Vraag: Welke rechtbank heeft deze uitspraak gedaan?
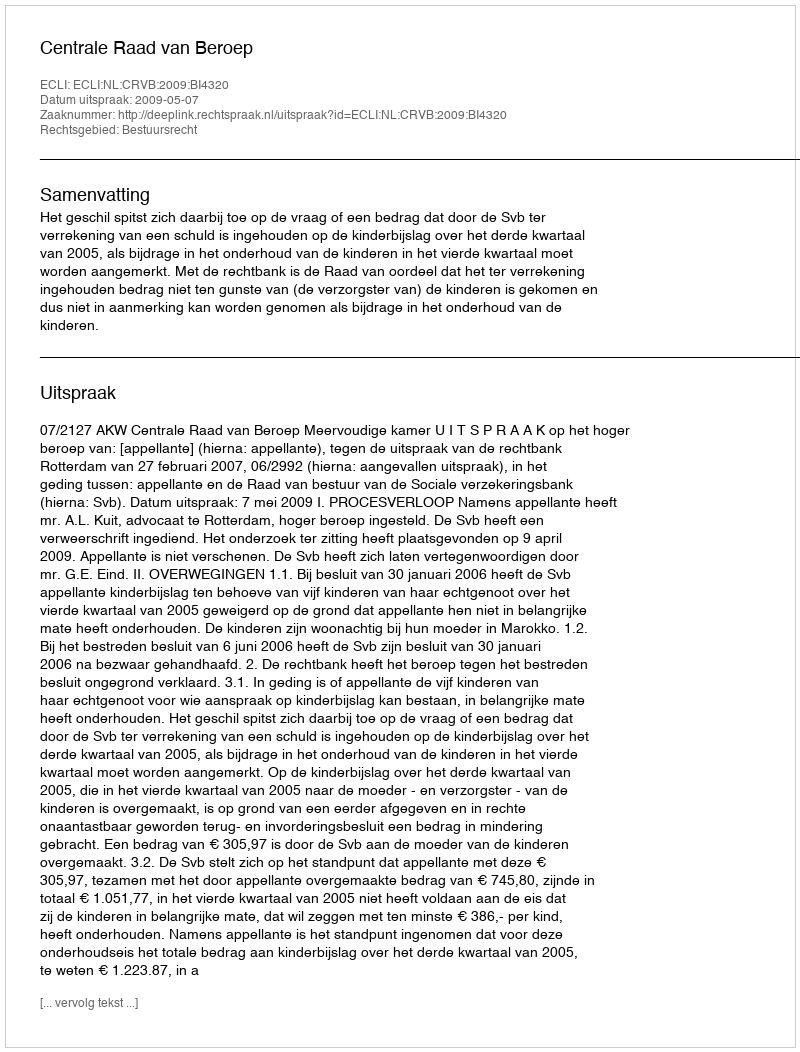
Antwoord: Centrale Raad van Beroep